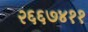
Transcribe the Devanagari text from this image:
२६६७४११